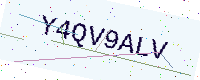
Text: Y4QV9ALV